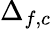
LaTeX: \Delta_{f,c}